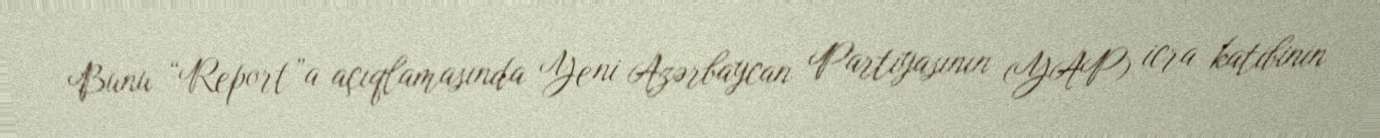
Bunu “Report”a açıqlamasında Yeni Azərbaycan Partiyasının (YAP) icra katibinin